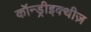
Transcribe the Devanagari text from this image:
कॉन्ड्रीइक्थीज़